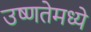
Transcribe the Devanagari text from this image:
उष्णतेमध्ये